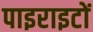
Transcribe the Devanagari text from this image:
पाइराइटों